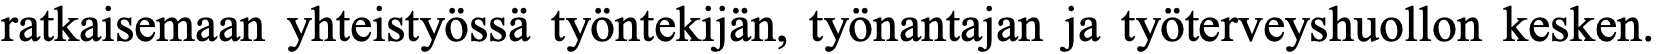
ratkaisemaan yhteistyössä työntekijän, työnantajan ja työterveyshuollon kesken.